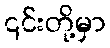
၎င်းတို့မှာ